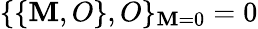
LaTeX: \{ \{ \mathbf{M},O\} ,O\} _{\mathbf{M}=0}=0